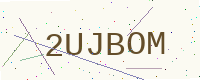
Text: 2UJBOM